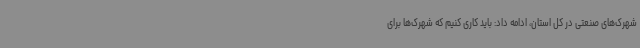
شهرک‌های صنعتی در کل استان، ادامه داد: باید کاری کنیم که شهرک‌ها برای